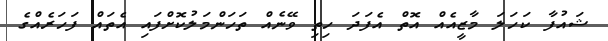
ޝައުފާ ކަހަލަ މާޒީއެއް އޮތް އެފަދަ ހިތި ވޭނެއް ތަހަންމަލުކޮށްފައި އެތައް ފަހަރެއްގެ